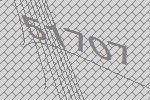
51707